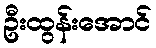
ဦးထွန်းအောင်